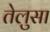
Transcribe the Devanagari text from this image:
तेलुसा